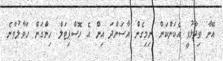
އޭނާ ވިދާޅުވީ އެކަންކަން ނިމިގެން އާސަންދަ އިން އެ ހޮސްޕިޓަލް ހިންގަން ހަވާލުވާނެ